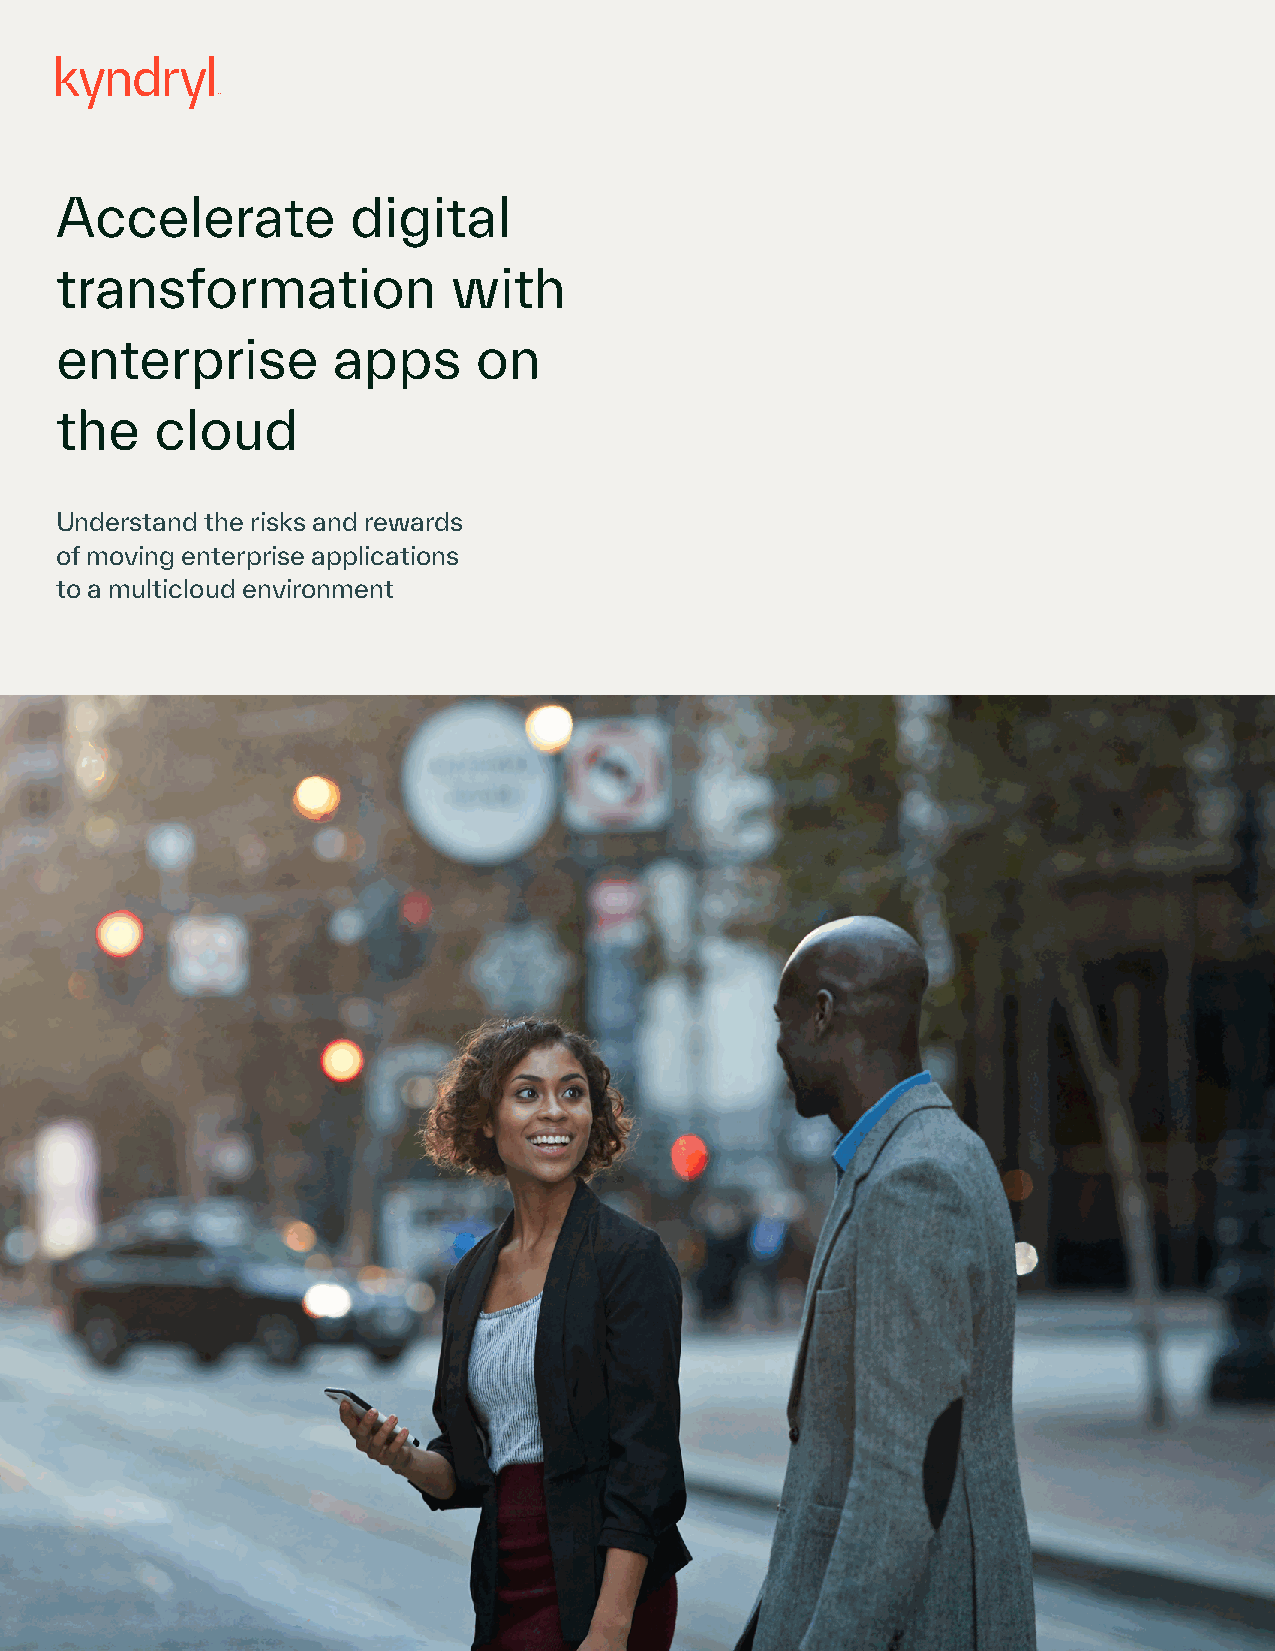
Accelerate         digital
 transformation            with
 enterprise        apps     on
 the   cloud
 Understand the risks and rewards
 of moving enterprise applications
 to a multicloud environment